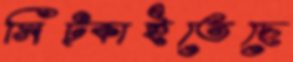
সিট্‌কাইতেছে